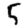
Digit: 5